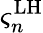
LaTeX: \varsigma_{n}^{\mathrm{{LH}}}